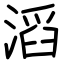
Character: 滔